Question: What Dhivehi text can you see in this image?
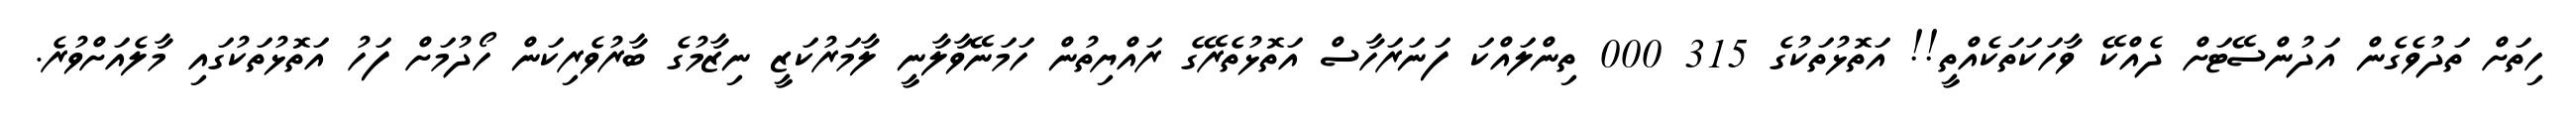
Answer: ހިތަށް ތަދުވެގެން އަދުންސޭޓަށް ދެއްކޭ ވާހަކަތަކެއްތީ!! އަތޮޅުތަކުގެ 315 000 ތިންލައްކަ ފަނަރަހާސް އަތޮޅުތެރޭގެ ރައްޔިތުން ހަމަނޭވާލާނީ ލާމަރުކަޒީ ނިޒާމުގެ ބާރުވެރިކަން ހޯދުމަށް ފަހު އަތޮޅުތަކުގައި މާލެއަށްވުރެ.